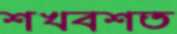
শখবশত